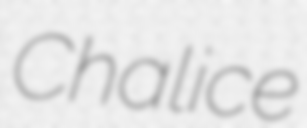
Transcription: Chalice